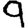
Digit: 9